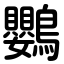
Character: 鸚